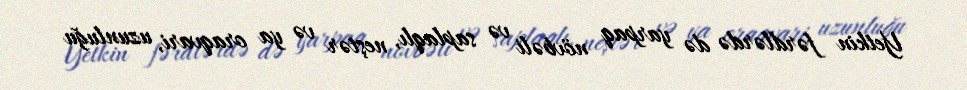
Yetkin fərdlərdə də yarpaq növbəli və saplaqlı, neştər və ya oraqvari, uzunluğu